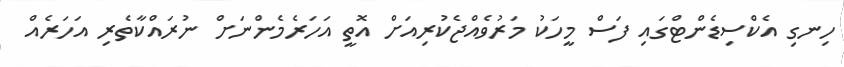
ހިނގި އެކްސިޑެންޓްގައި ފަސް މީހަކު މަރުވެއްޖެކުރިއަށް އޮތީ އަހަރެމެންނަށް ނުރައްކާތެރި އަހަރެއް